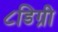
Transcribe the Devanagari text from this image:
८डिग्री